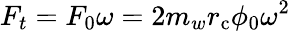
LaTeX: F_{t}=F_{0}\omega=2m_{w}r_{\mathrm{c}}\phi_{0}\omega^{2}